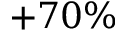
+ 7 0 \%